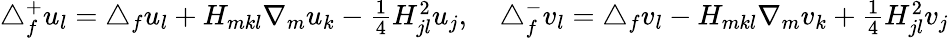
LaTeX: \begin{array}{r}{\triangle_{f}^{+}u_{l}=\triangle_{f}u_{l}+H_{mkl}\nabla_{m}u_{k}-\frac{1}{4}H_{jl}^{2}u_{j},\quad\triangle_{f}^{-}v_{l}=\triangle_{f}v_{l}-H_{mkl}\nabla_{m}v_{k}+\frac{1}{4}H_{jl}^{2}v_{j}}\end{array}